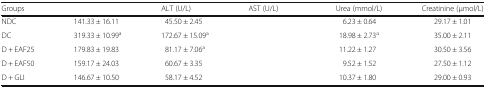
<table><thead><tr><td><b>Groups</b></td><td>[EMPTY_CELL]</td><td><b>ALT (U/L)</b></td><td><b>AST (U/L)</b></td><td><b>Urea (mmol/L)</b></td><td><b>Creatinine (μmol/L)</b></td></tr></thead><tbody><tr><td>NDC</td><td>141.33 ± 16.11</td><td>45.50 ± 2.45</td><td>[EMPTY_CELL]</td><td>6.23 ± 0.64</td><td>29.17 ± 1.01</td></tr><tr><td>DC</td><td>319.33 ± 10.99<sup>a</sup></td><td>172.67 ± 15.09<sup>a</sup></td><td>[EMPTY_CELL]</td><td>18.98 ± 2.73<sup>a</sup></td><td>35.00 ± 2.11</td></tr><tr><td>D + EAF25</td><td>179.83 ± 19.83</td><td>81.17 ± 7.06<sup>a</sup></td><td>[EMPTY_CELL]</td><td>11.22 ± 1.27</td><td>30.50 ± 3.56</td></tr><tr><td>D + EAF50</td><td>159.17 ± 24.03</td><td>60.67 ± 3.35</td><td>[EMPTY_CELL]</td><td>9.52 ± 1.52</td><td>27.50 ± 1.12</td></tr><tr><td>D + GLI</td><td>146.67 ± 10.50</td><td>58.17 ± 4.52</td><td>[EMPTY_CELL]</td><td>10.37 ± 1.80</td><td>29.00 ± 0.93</td></tr></tbody></table>